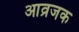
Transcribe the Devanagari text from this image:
आव्रजक